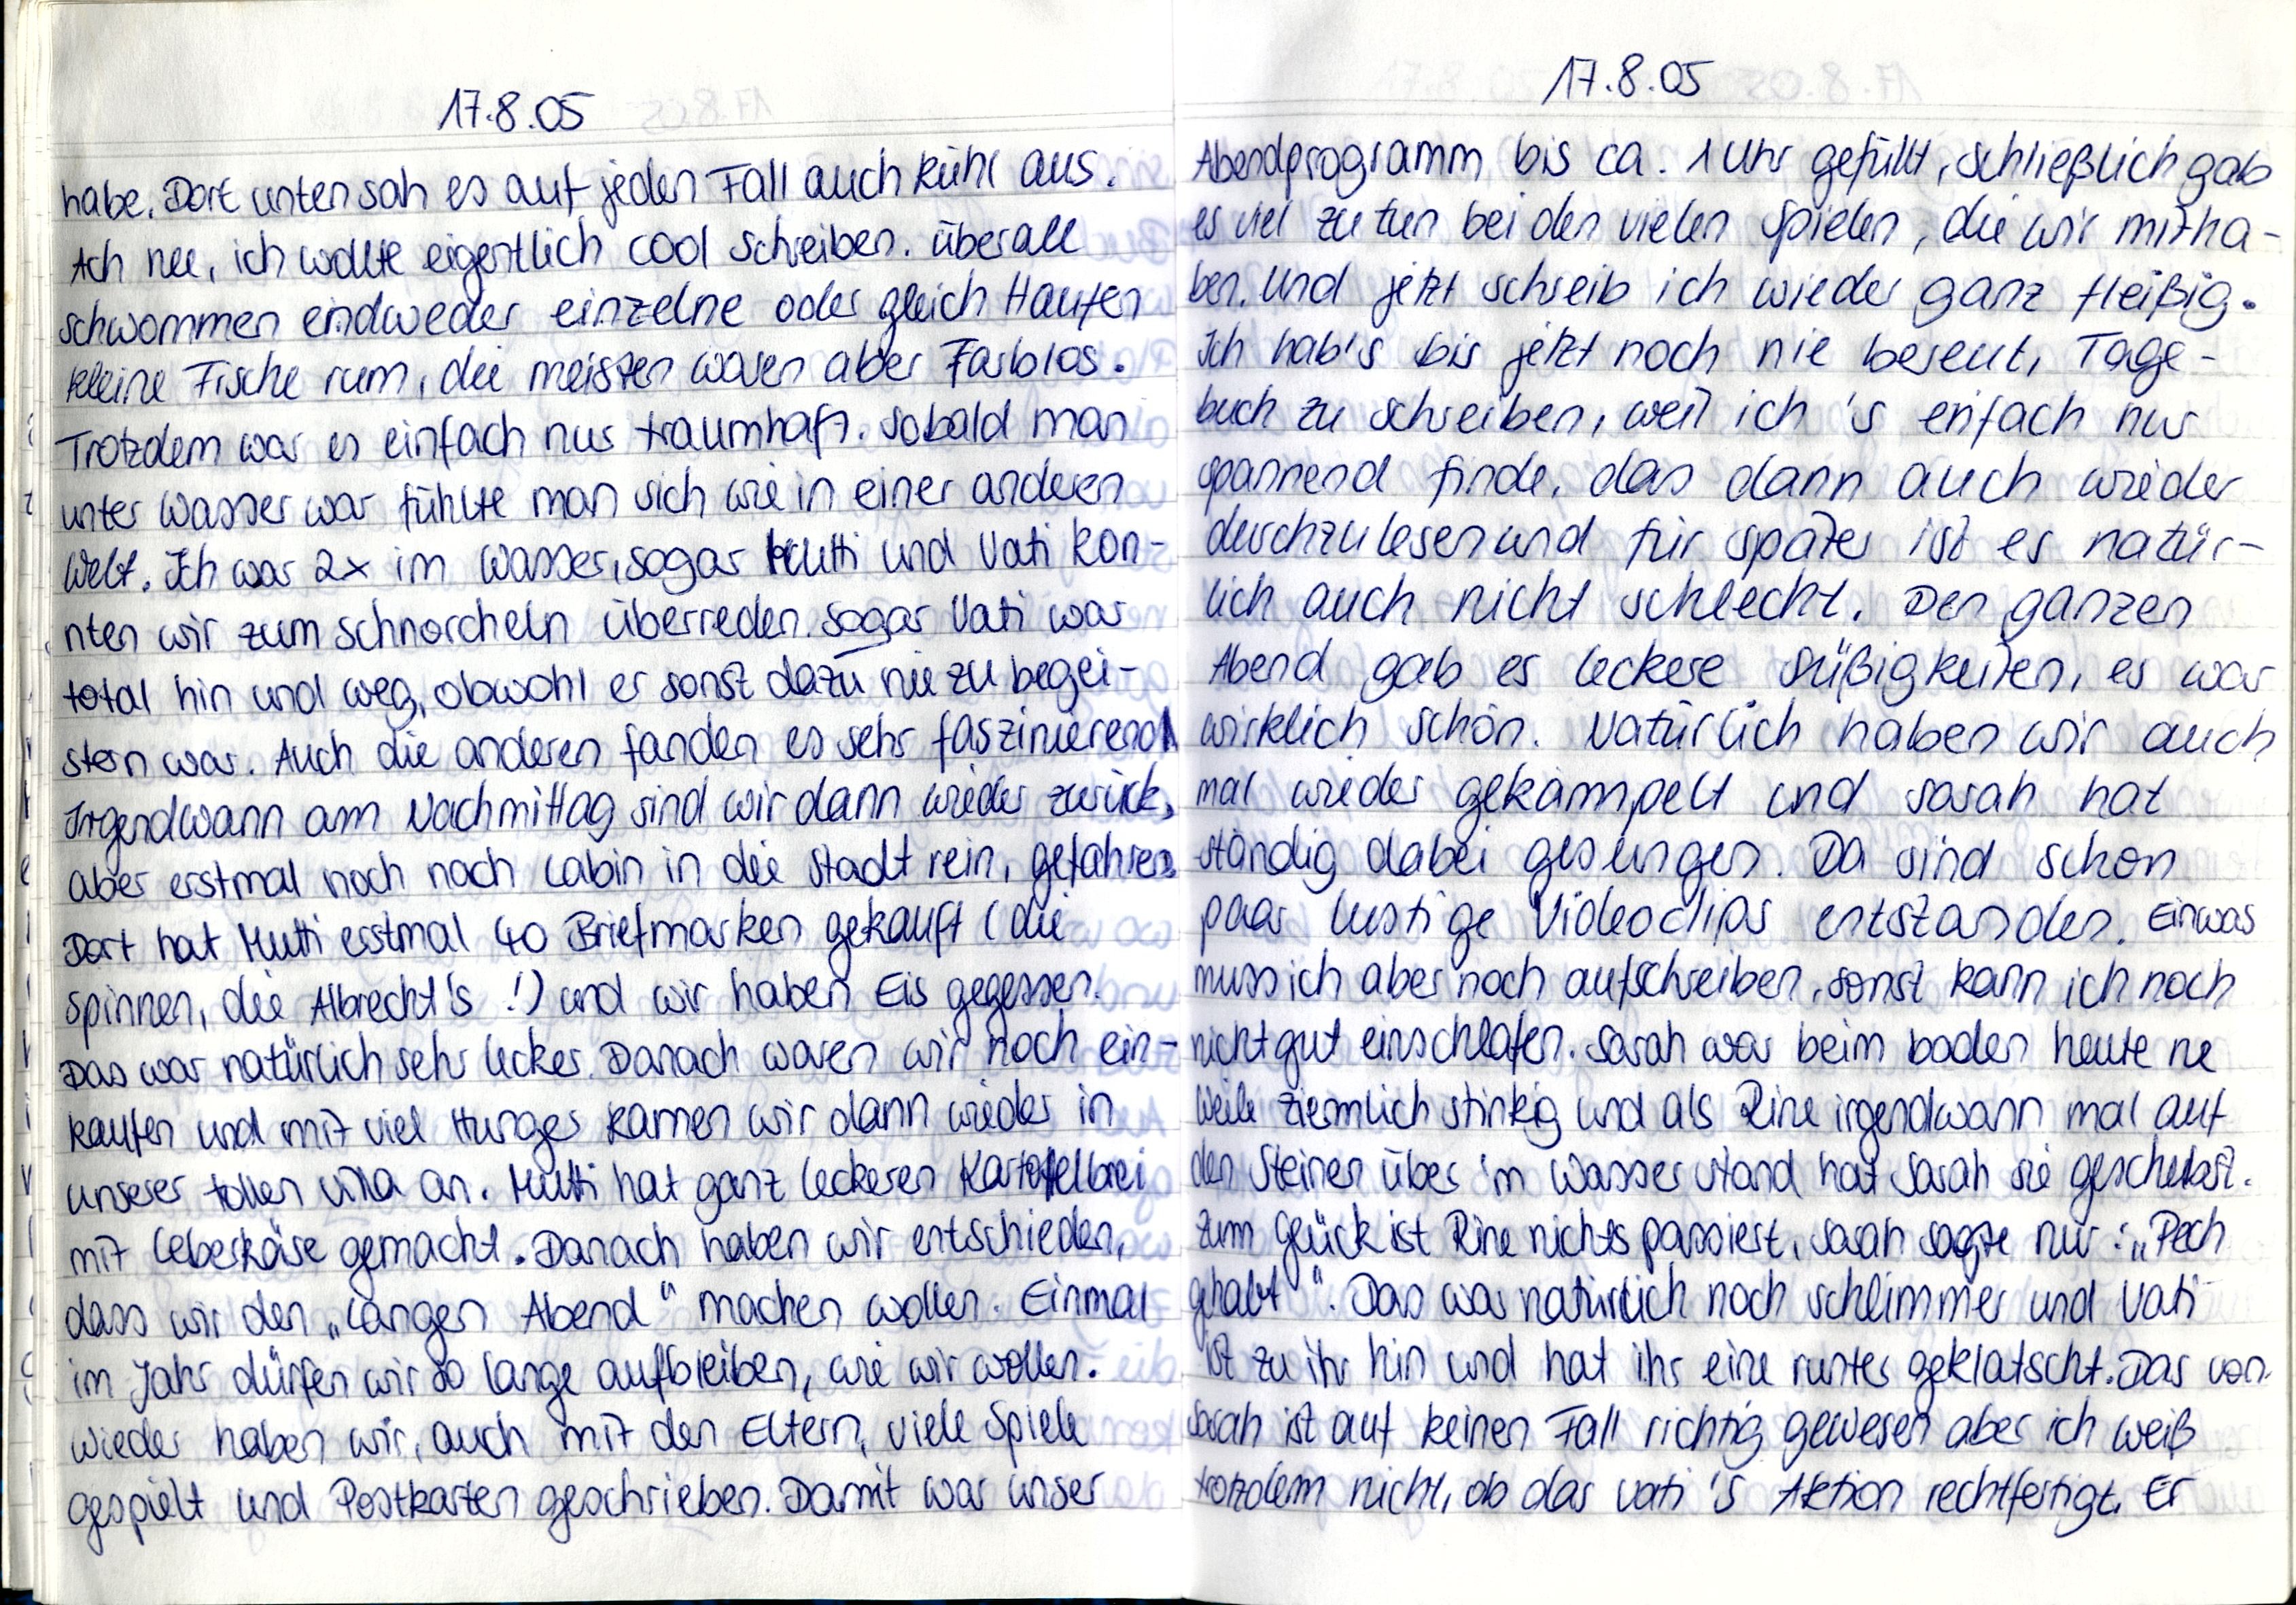
17.8.05
habe. Dort unten sah es auf jeden Fall auch kühl aus.
Ach nee, ich wollte eigentlich cool schreiben. überall
schwommen endweder einzelne oder gleich Haufen
kleine Fische rum, die meisten waren aber Farblos.
Trotzdem war es einfach nur traumhaft. Sobald man
unter Wasser war fühlte man sich wie in einer anderen
Welt. Ich war 2x im Wasser, sogar Mutti und Vati kon-
nten wir zum schnorcheln überreden. Sogar Vati war
total hin und weg, obwohl er sonst dazu nie zu begei-
stern war. Auch die anderen fanden es sehr faszinierend.
Irgendwann am Nachmittag sind wir dann wieder zurück,
aber erstmal noch nach Labin in die Stadt rein, gefahren.
Dort hat Mutti erstmal 40 Briefmarken gekauft (die
spinnen, die Albrecht's !) und wir haben Eis gegessen.
Das war natürlich sehr lecker. Dnach waren wir noch ein-
kaufen und mit viel Hunger kamen wir dann wieder in
unserer tollen Villa. Mutti hat ganz leckeren Kartoffelbrei
mit Leberkäse gemacht. Danach haben wir entschieden,
dass wir den „langen Abend" machen wollen. Einmal
im Jahr dürfen wir so lange aufbleiben, wie wir wollen.
Wieder haben wir, auch mit den Eltern, viele Spiele
gespielt und Postkarten geschrieben. Damit war unser

17.8.05
Abendprogramm bis ca. 1 Uhr gefüllt, schließlich gab
es viel zu tun bei den vielen Spielen, die wir mitha-
ben. Und jetzt schreib ich wieder ganz fleißig.
Ich hab's bis jetzt noch nie bereut, Tage-
buch zu schreiben, weil ich's einfach nur
spannend finde, das dann auch wieder
durchzulesen und für später ist es natür-
lich auch nicht schlecht. Den ganzen
Abend gab es leckere Süßigkeiten, es war
wirklich schön. Natürlich haben wir auch
mal wieder gekampelt und Sarah hat
ständig dabei gesungen. Da sind schon
paar lustige Videoclips entstanden. Einwas
muss ich aber noch aufschreiben, sonst kann ich noch
nicht gut einschlafen. Sarah war beim baden heute ne
Weile ziemlich stinkig und als Rine irgendwann mal auf
den Steinen über'm Wasser stand hat Sarah sie geschubst.
Zum Glück ist Rine nichts passiert, Sarah sagte nur: „Pech
gehabt". Das war natürlich noch schlimmer und Vati
ist zu ihr hin und hat ihr eine runter geklatscht. Das von
Sarah ist auf keinen Fall richtig gewesen aber ich weiß
trotzdem nicht, ob das Vati's Aktion rechtfertigt. Er